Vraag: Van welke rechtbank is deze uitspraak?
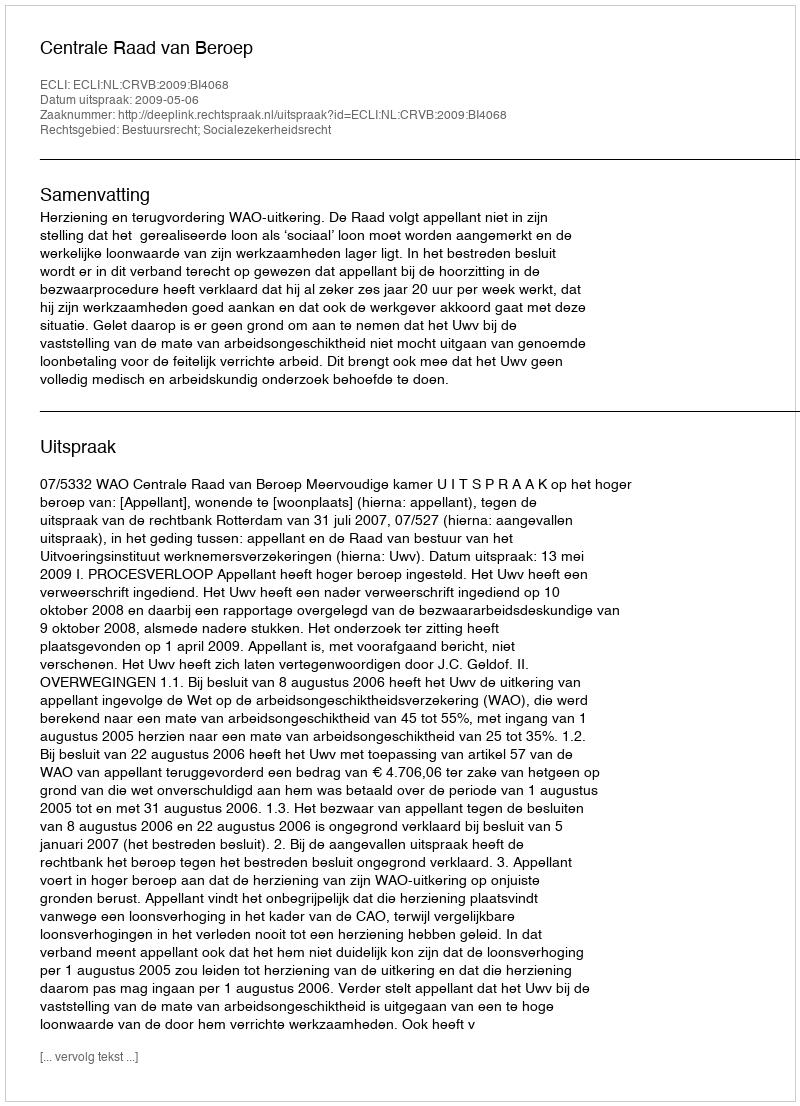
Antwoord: Centrale Raad van Beroep